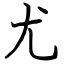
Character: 尤